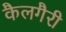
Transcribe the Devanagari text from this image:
कैलगैरी